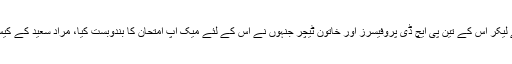
ڈیپارٹمنٹ کے کلرک سے لیکر اس کے تین پی ایچ ڈی پروفیسرز اور خاتون ٹیچر جنہوں نے اس کے لئے میک اپ امتحان کا بندوبست کیا، مراد سعید کے کیس کو سپورٹ کررہے ہیں۔